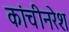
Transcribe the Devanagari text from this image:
कांचीनरेश